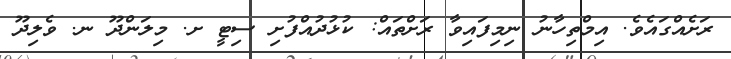
ރަށެއްގައެވެ. އިމްތިހާނު ނިމިފައިވާ ރަށްތައް: ކުޅުދުއްފުށި ސިޓީ ށ. މިލަންދޫ ނ. ވެލިދޫ